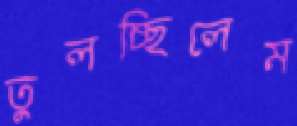
তুলচ্ছিলেম